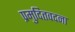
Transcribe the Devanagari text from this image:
प्रमुदितवदना